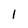
Character: 1